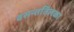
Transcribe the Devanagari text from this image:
वसन्ततिलका